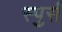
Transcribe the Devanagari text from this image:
स्पुर्स